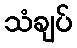
သံချပ်